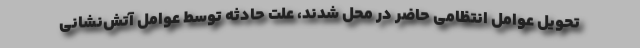
تحویل عوامل انتظامی حاضر در محل شدند، علت حادثه توسط عوامل آتش‌نشانی